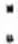
: